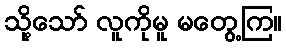
သို့သော် လူကိုမူ မတွေ့ကြ။